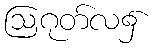
ဩဂုတ်လ၌